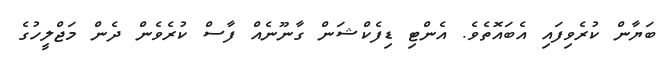
ބަޔާން ކުރެވިފައި އެބައޮތެވެ. އެންޓި ޑިފެކްޝަން ގާނޫނެއް ފާސް ކުރެވެން ދެން މަޖްލީހުގެ